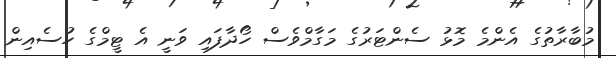
މުބާރާތުގެ އެންމެ މޮޅު ސެންޓަރުގެ މަގާމްވެސް ހޯދާފައި ވަނީ އެ ޓީމްގެ ހުސެއިން